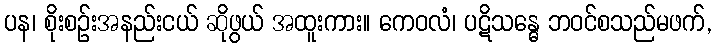
ပန၊ စိုးစဉ်းအနည်းငယ် ဆိုဖွယ် အထူးကား။ ကေဝလံ၊ ပဋိသန္ဓေ ဘဝင်စသည်မဖက်,